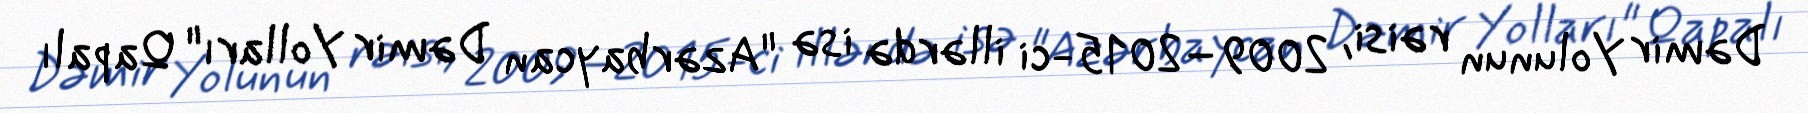
Dəmir Yolunun rəisi, 2009–2015-ci illərdə isə "Azərbaycan Dəmir Yolları" Qapalı